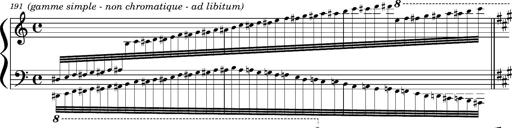
Title: Concerto sans orchestre, S.524a
Composer: Franz Liszt
Key: A major